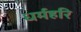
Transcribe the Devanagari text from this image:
धर्महरि